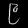
Digit: ၉